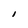
Character: I